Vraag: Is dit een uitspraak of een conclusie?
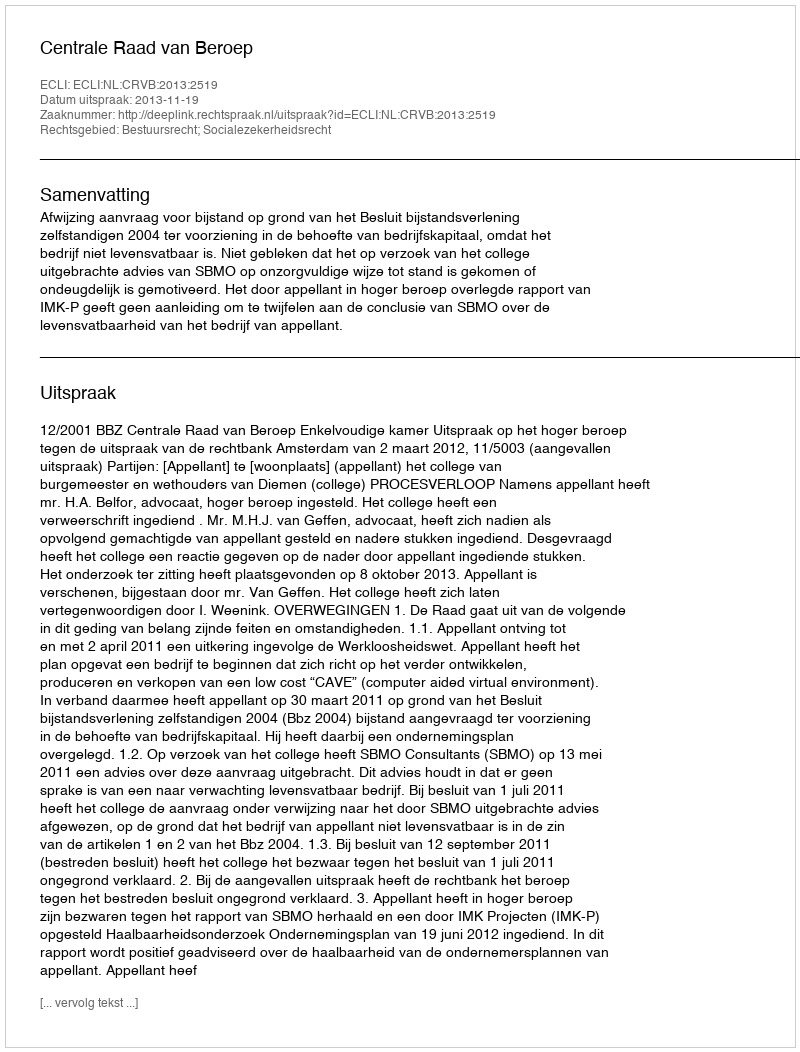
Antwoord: Uitspraak